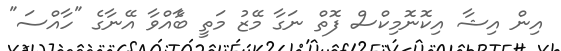
އިން އިޝާ އިކޮނޮމިކްސް ފޮތް ނަގާ މޭޒު މަތީ ބާެއްވާ އޭނާގެ "ހާއްސަ"